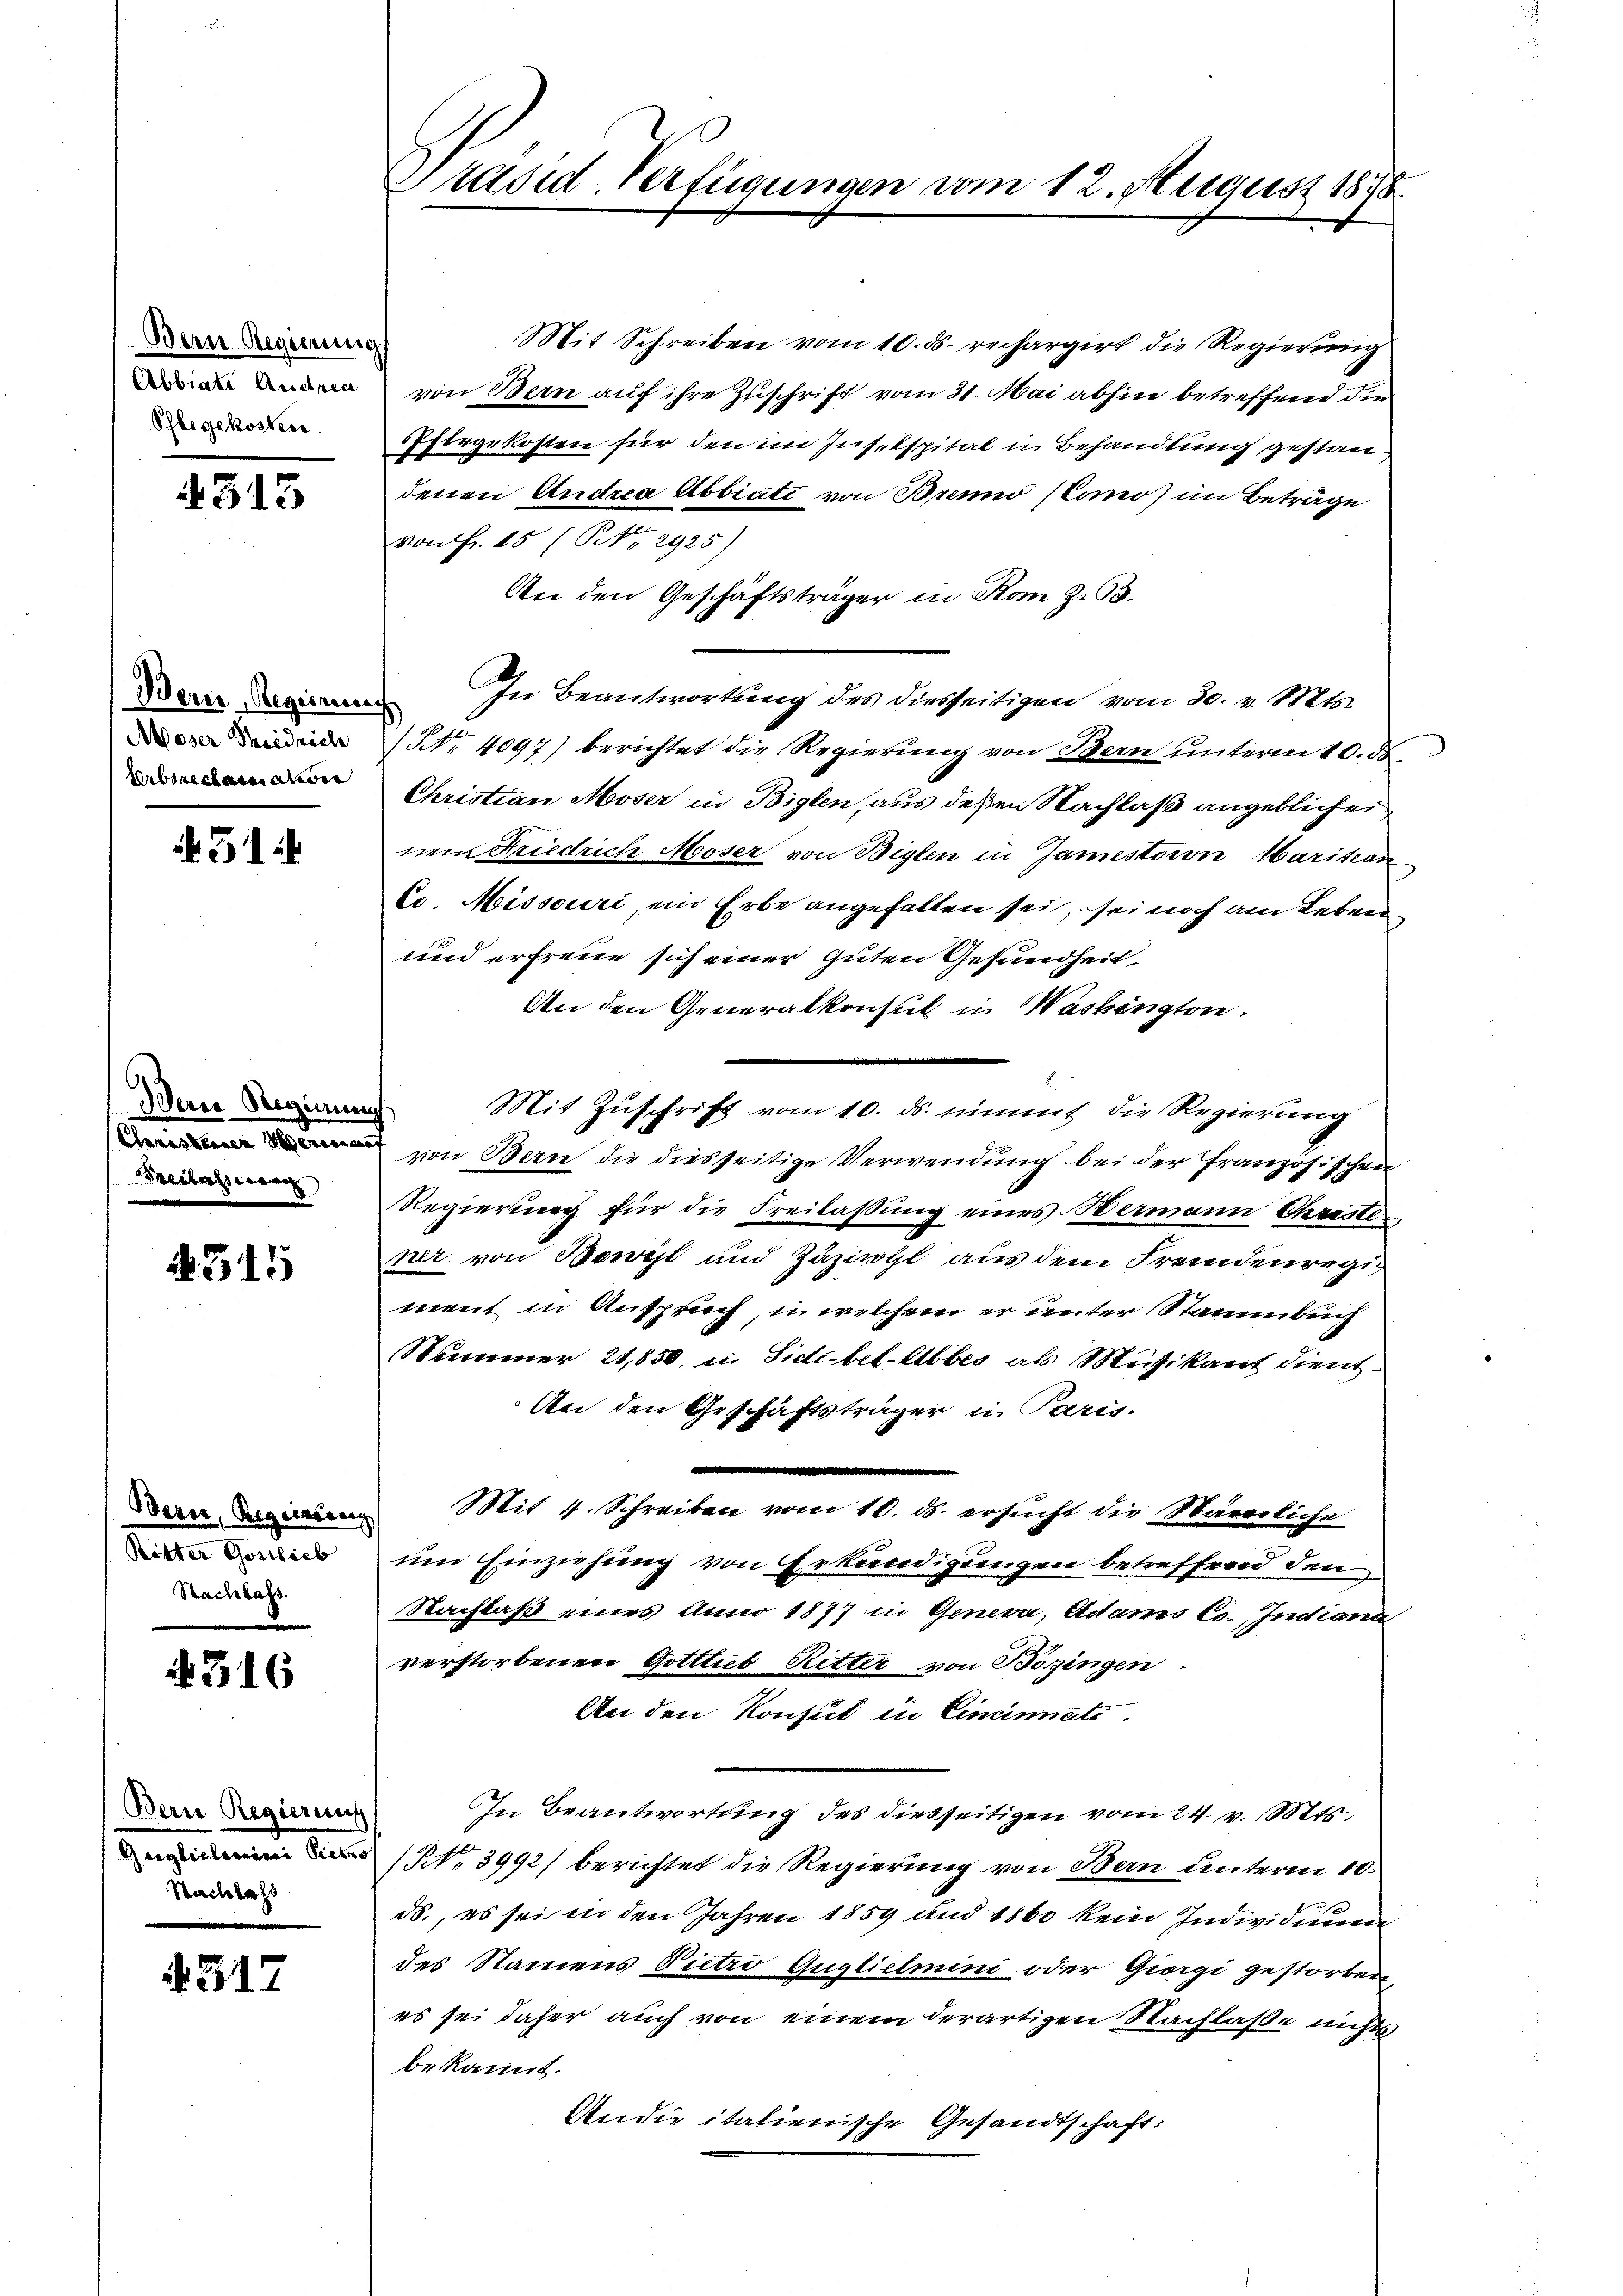
Bern Regierung
Abbiati Andrec
Phlegekosten.

4515

Bern Regierung
Moser Friedrich
Arbsreclamatione

51

Dein Regierung
Freilasserun

2315

Bern, Regensang
Ritter Gottlieb
Sachlass.

4316

Bern Regierung
Geplainen eine
Sachlass

4317

Präsid-Verfügungen u.

Mit Schreiben vom 10. ds. rechargirt die Regierung
von Bern auf ihre Zuschrift vom 31. Mai abhin betreffend die
firgekosten für den im Justspital in Behandlung gestan
denen Andrea Abbiati von Brenno (Como) im Beträge
von Fr. 15 (NNo. 2925)
An den Geschäftsträger in Rom Z. 33.
In Beantwortung des diesseitigen vom 30. v. Mts.
s
NNo. 4097) berichtet die Regierung von Bern unterm 10. de
Christian Moser in Biglen, aus deßen Nachlaß angeblichen
riem Friedrich Moser von Biglen in Janistaion Marition
Co. Missouri, ein Erbe angefallen sei, sei noch am Leben
und erfreue sich einer Guten Gesundheit
An den Generalkonsul in Washington.
Mit Zŭschrift vom 10. ds. nimmt die Regierung
von Bern die diesseitige Verwendung bei der Französischen
Regierung für die Freilassung eines Wermann Christener von Bewill und Zuziegl aus dem Fremdenregi
ment in Anspruch, in welchem er unter Staaumbuch
Stämmer 21,850, in Sidi bet-Abbes als Musikant dient.
An den Geschäftsträger in Paris.
Mit 4. Schreiben vom 10. ds. ersucht die Stämmliche
um Einziehung von Erkundigungen betreffend den
Nachlaß eines Anno 1877 in Genera, Adams Co., Indiana
verstorbenen Gotttib Ritter von Bozingen
An den Konsul in Cincinati
In Beantwortung des diesseitigen vom 24. v. Mts.
(No 3992) berichtet die Regierung von Bern unterm 10.
ds., es sei in den Jahren 1859 und 1860 kein Individieren
des Namens Pietro Guglielmini oder Giorgi gestorben
es sei daher auch von einem derartigen Nachlasse nichts
bekannt.
Andie italienische Gesandtschaft:

am 12. August 1878.